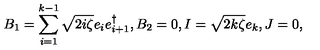
B _ { 1 } = \sum _ { i = 1 } ^ { k - 1 } \sqrt { 2 i \zeta } e _ { i } e _ { i + 1 } ^ { \dag } , B _ { 2 } = 0 , I = \sqrt { 2 k \zeta } e _ { k } , J = 0 ,